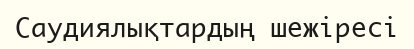
Саудиялықтардың шежіресі